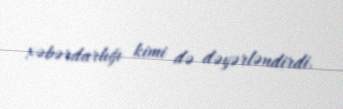
xəbərdarlığı kimi də dəyərləndirdi.